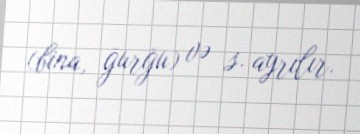
(bina, ğurğu) və s. ayrılır.